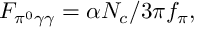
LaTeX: F _ { \pi ^ { 0 } \gamma \gamma } = \alpha N _ { c } / 3 \pi f _ { \pi } ,